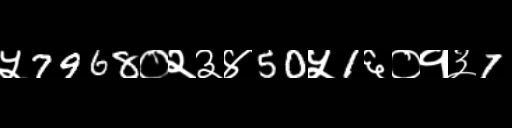
Text: ५7968०२३४50५1६०१३7